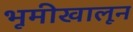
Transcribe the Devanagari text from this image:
भूमीखालून